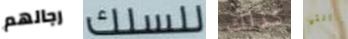
رجالهم للسلك كذلك التي